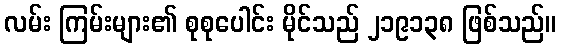
လမ်း ကြမ်းများ၏ စုစုပေါင်း မိုင်သည် ၂၁၉၁၃၈ ဖြစ်သည်။